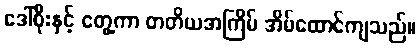
ဒေါ်စိုးနှင့် တွေ့ကာ တတိယအကြိမ် အိမ်ထောင်ကျသည်။